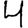
Digit: 4